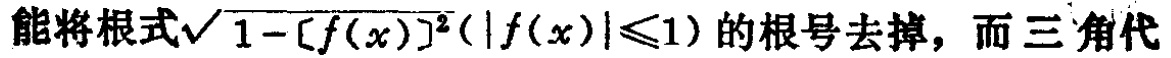
能将根式\(\sqrt{1 - [f(x)]^{2}}(|f(x)|\leq1)\)的根号去掉，而三角代